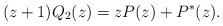
LaTeX: \begin{align*}(z+1) Q_{2}(z) = z P(z) + P^{*}(z).\end{align*}